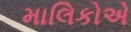
માલિકોએ